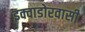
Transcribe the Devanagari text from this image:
इक्वाडोरवासी